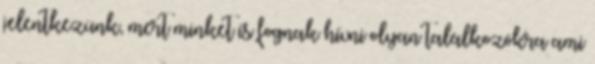
jelentkezünk, mert minket is fognak hívni olyan találkozókra ami